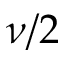
\nu / 2